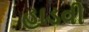
હાડવી